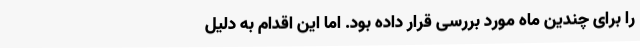
را برای چندین ماه مورد بررسی قرار داده بود. اما این اقدام به دلیل